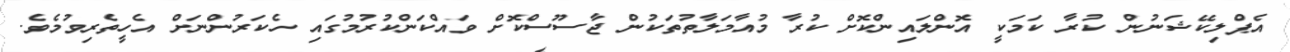
އެޕްލިކޭޝަނުން ކުރާ ކަމަކީ އޮންލައިންކޮށް ކުރާ މުއާމަލާތުތަކުން ޖާސޫސްކޮށް ވައްކަންކުރުމުގައި ހެކަރުންނަށް އެހީތެރިވުމެވެ.